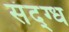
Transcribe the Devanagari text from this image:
संद्ग्ध